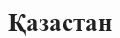
Қазастан